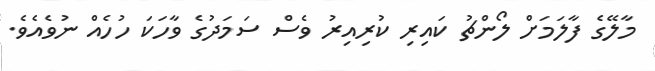
މާލޭގެ ފާލަމަށް ލޯންޗު ކައިރި ކުރިއިރު ވެސް ސަމަދުގެ ވާހަކަ ހުހެއް ނުވެއެވެ.